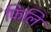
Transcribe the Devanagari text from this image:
फिलि